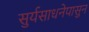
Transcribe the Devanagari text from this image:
सुर्यसाधनेपासुन